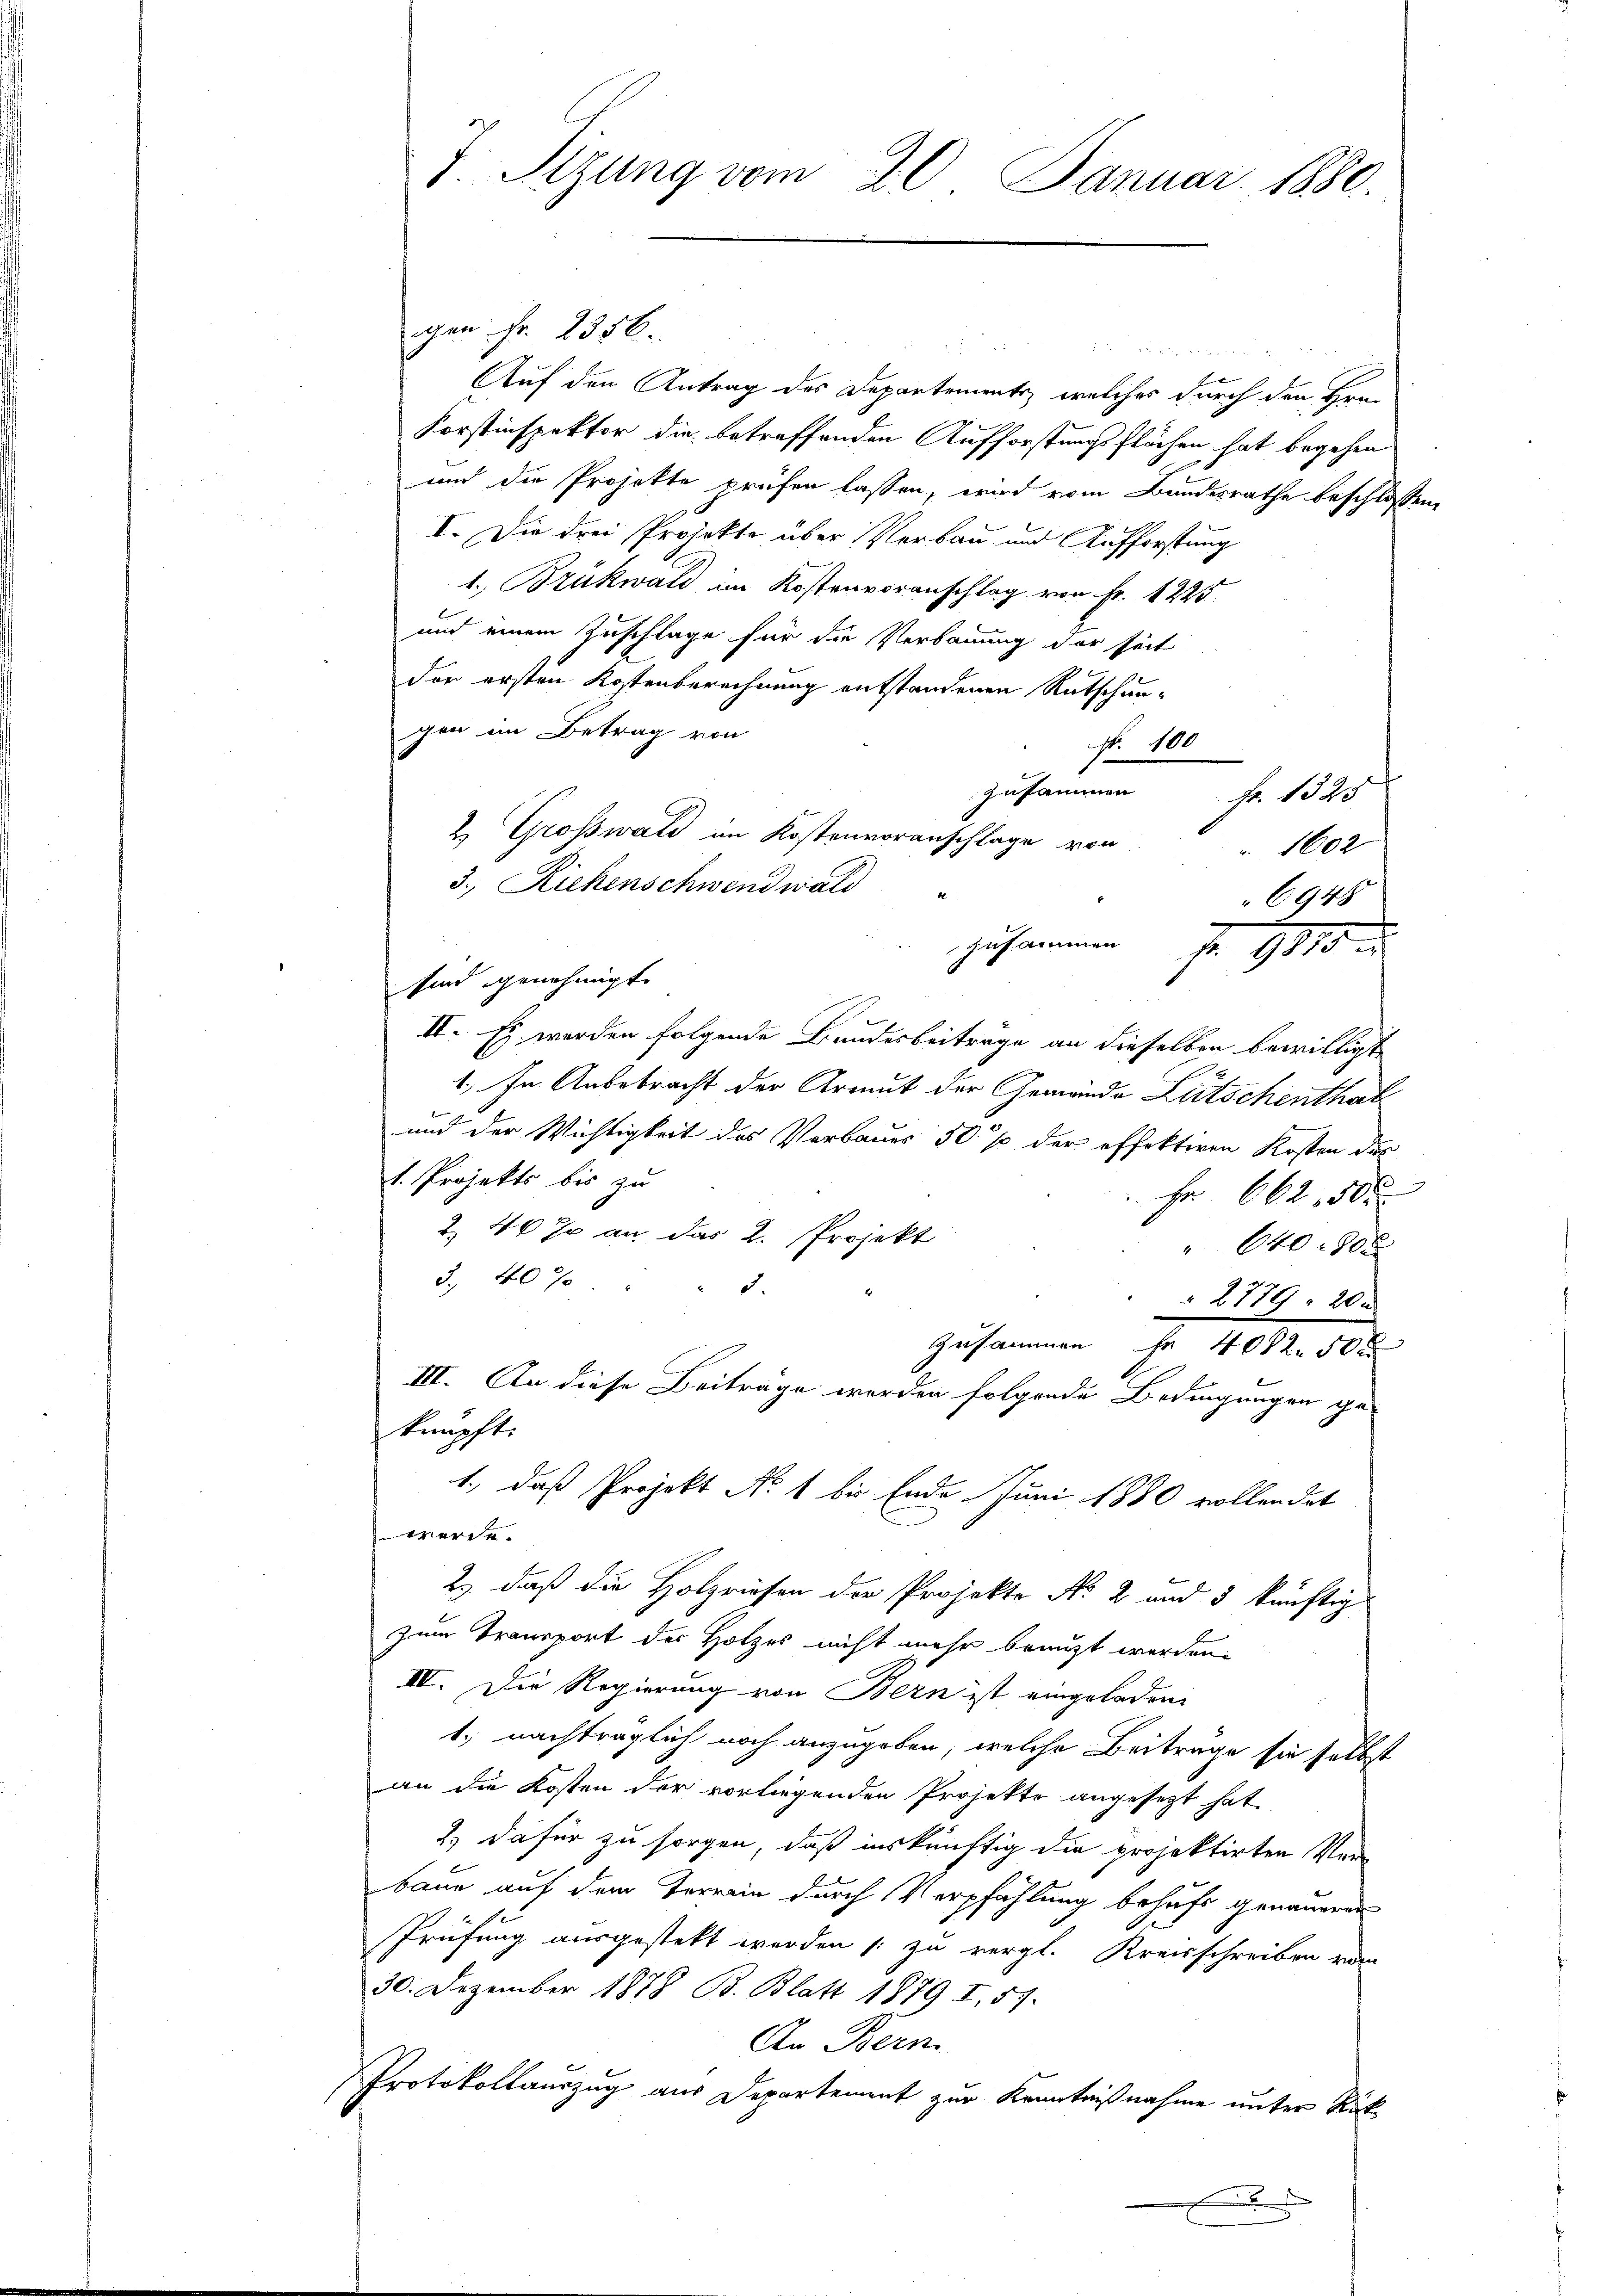
gen Fr. 2356.
Auf den Antrag des Departements, welches durch den Hrn.
Korstinspektor die betreffenden Aufforstungsflächen hat begehen
und die Projekte prüfen lassen, wird vom Bundesrathe beschlosse
I. Die drei Projekte über Verbau und Aufforstung
1. Brükwald im Kostenvoranschlag von Fr. 1225
und einem Zuschlage für die Verbauung der seit
der ersten Kostenberechnung entstandenen Rutschun-
gen im Betrag von
No 100
Zusammen Fr. 1325
2. Großwald im Kostenvoranschlage von
 1602
3. Richenschwendwald
6948
zusammen
f. 110
sind genehmigt.
II. Es werden folgende Bundesbeiträge an dieselben bewilligt
1.) In Ansebracht der Armut der Gemeinde Litschenthal
und der Wichtigkeit des Verbaues 50 % der effektiren Kosten der
1. Projekts bis zu
 Fr. 662 50 x
Z 40% an das 2. Projekt
" 640 - 800
3. 40%
.
 2779. 20 x
Zusammen Fr. 4082. 50 x
III. An diese Beiträge werden folgende Bedingungen ge-
knüpft.
1., daß Projekt No 1 bis Ende Juni 1880 vollendet
werde.
2.) daß die Holzriesen der Projekto No 2 und 5 künftig
zum Transport der Holzes nicht mehr benuzt worden.
III. Die Regierung von Bern ist eingeladen.
1.) nachträglich noch anzugeben, welche Beitrage sie selbst
an die Kosten der vorliegenden Projekte angesetzt hat.
2.) Da für zu sorgen, daß inskünftig die projektirten Verbaue auf dem Terrin durch Verpfählung behufs genaueren
Prüfung ausgestekt werden (zu vergl. Kreisschreiben vom
30. Dezember 1878 B. Blatt 1879 I., 57.
An Bern.
Protokollauszug aus Departement zur Kenntnißnahme unter Rük¬
.

7. Sizung vom 20. Januar 1880.

4 f 2 x x

de